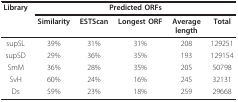
<table><thead><tr><td><b>Library</b></td><td colspan="5"><b>Predicted ORFs</b></td></tr><tr><td></td><td><b>Similarity</b></td><td><b>ESTScan</b></td><td><b>Longest ORF</b></td><td><b>Averagelength</b></td><td><b>Total</b></td></tr></thead><tbody><tr><td>supSL</td><td>39%</td><td>31%</td><td>31%</td><td>208</td><td>129251</td></tr><tr><td>supSD</td><td>29%</td><td>36%</td><td>35%</td><td>193</td><td>129154</td></tr><tr><td>SmM</td><td>36%</td><td>28%</td><td>35%</td><td>205</td><td>50798</td></tr><tr><td>SvH</td><td>60%</td><td>24%</td><td>16%</td><td>245</td><td>32131</td></tr><tr><td>Ds</td><td>59%</td><td>23%</td><td>18%</td><td>259</td><td>29668</td></tr></tbody></table>